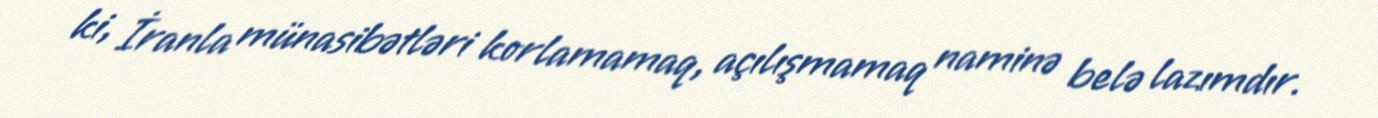
ki, İranla münasibətləri korlamamaq, açılışmamaq naminə belə lazımdır.